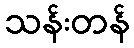
သန်းတန်